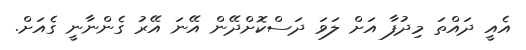
އެއީ ދައްތަ މިދުފާ އަށް ލަވަ ދަސްކޮށްދޭން އޭނަ އޭރު ގެންނާނީ ގެއަށް.